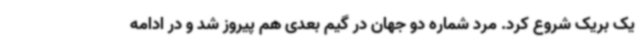
یک بریک شروع کرد. مرد شماره دو جهان در گیم بعدی هم پیروز شد و در ادامه